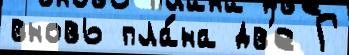
вновь пла́на дв'е Г